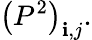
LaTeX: \left(P^{2}\right)_{\mathbf{i},j}.